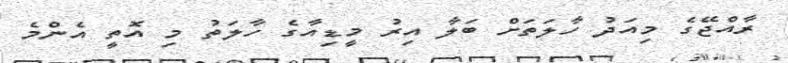
ރާއްޖޭގެ މިއަދު ހާލަތަށް ބަލާ އިރު މީޑިއާގެ ހާލަތު މި އޮތީ އެންމެ